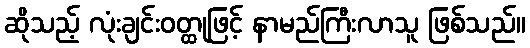
ဆိုသည့် လုံးချင်းဝတ္ထုဖြင့် နာမည်ကြီးလာသူ ဖြစ်သည်။